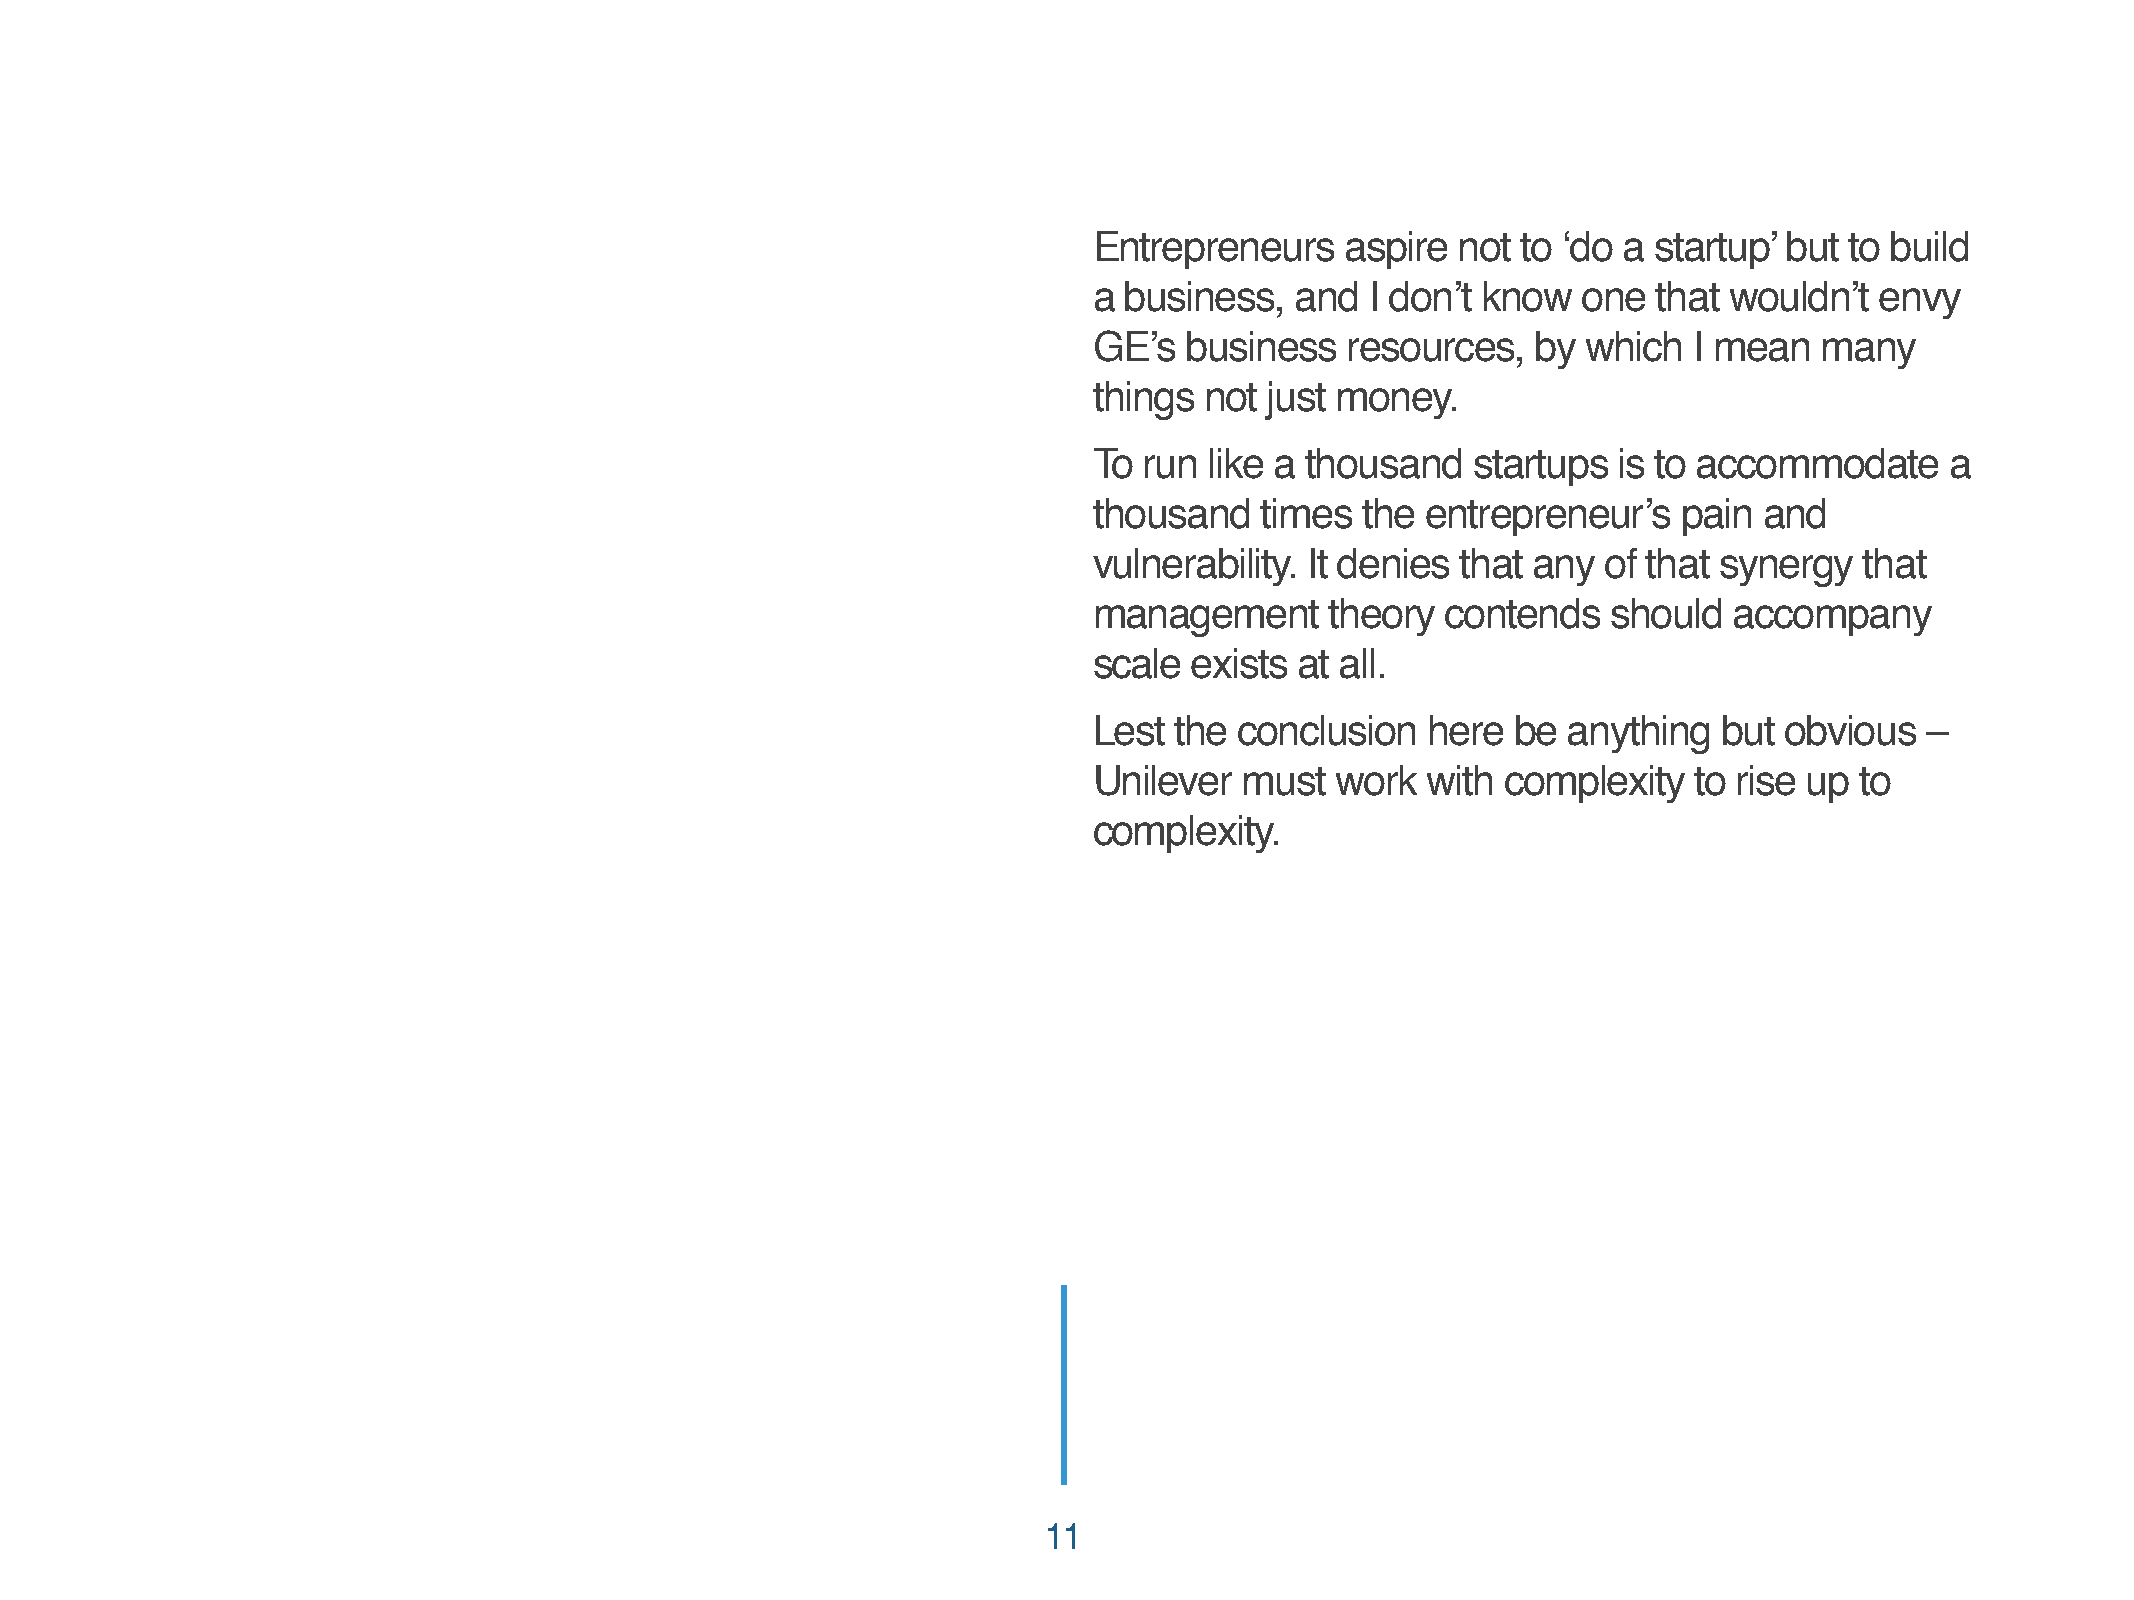
Entrepreneurs    aspire  not to ‘do a startup’ but to build
 a business,   and  I don’t know  one  that wouldn’t envy
 GE’s  business   resources,   by which  I mean  many
 things  not just money.
 To  run like a thousand   startups is to accommodate     a
 thousand   times  the entrepreneur’s   pain  and
 vulnerability. It denies that any of that synergy  that
 management      theory  contends   should  accompany
 scale  exists at all.
 Lest  the conclusion   here be  anything  but obvious   –
 Unilever  must  work  with  complexity  to rise up to
 complexity.
 11